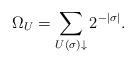
LaTeX: \begin{align*}\Omega_U = \sum_{U(\sigma) \downarrow} 2^{-|\sigma|}.\end{align*}